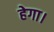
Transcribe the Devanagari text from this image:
हेगा।